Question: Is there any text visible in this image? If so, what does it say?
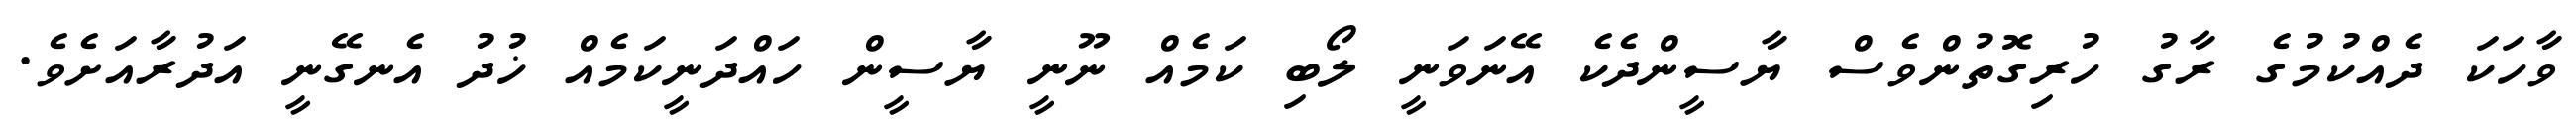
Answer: ވާހަކަ ދެއްކުމުގެ ރާގު ހުރިގޮތުންވެސް ޔާސީންދެކެ އޭނަވަނީ ލޯބި ކަމެއް ނޫނީ ޔާސީން ހައްދަނީކަމެއް ޚުދު އެނގޭނީ އަދުރާއަށެވެ.